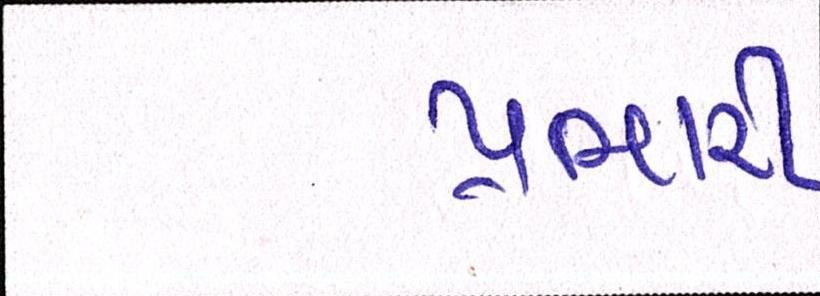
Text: પ્રભારી